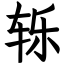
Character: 轹